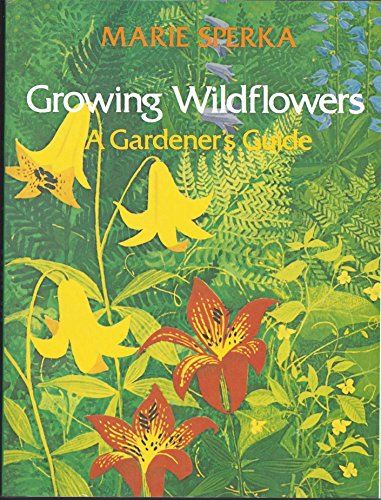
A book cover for Growing Wildflowers: A Gardener's Guide (Growing Wildflowers Ppr); Marie Sperka; Crafts, Hobbies & Home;